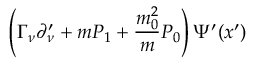
\left( \Gamma _ { \nu } \partial _ { \nu } ^ { \prime } + m P _ { 1 } + \frac { m _ { 0 } ^ { 2 } } { m } P _ { 0 } \right) \Psi ^ { \prime } ( x ^ { \prime } )